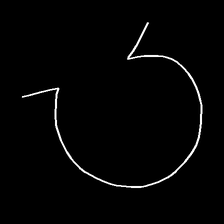
Glyph: weave